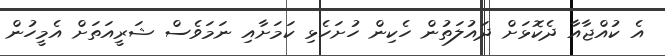
އެ ކުއްޖާއާ ދެކޮޅަށް ދައުލަތުން ހެކިން ހުށަހެޅި ކަމަށާއި ނަމަވެސް ޝަރީއަތަށް އެމީހުން